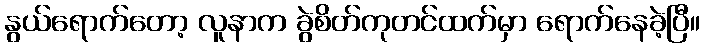
နွယ်ရောက်တော့ လူနာက ခွဲစိတ်ကုတင်ထက်မှာ ရောက်နေခဲ့ပြီ။